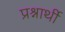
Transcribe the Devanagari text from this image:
प्रश्नार्थी